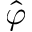
\hat { \varphi }